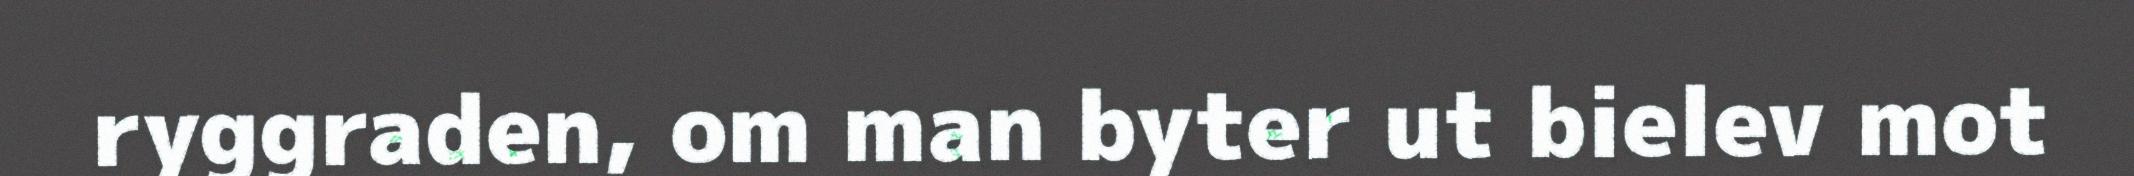
ryggraden, om man byter ut bielev mot